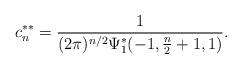
LaTeX: \begin{align*} c_{n}^{\ast\ast}=\frac{1}{(2\pi)^{n/2}\Psi_{1}^{\ast}(-1,\frac{n}{2}+1,1)}.\end{align*}